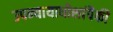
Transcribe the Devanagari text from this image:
उपन्यायाधीशांपैकी